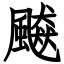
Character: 飇